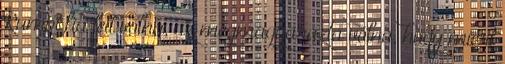
Rumpi fia lett volna, az megmagyarázta volna, hogy miért